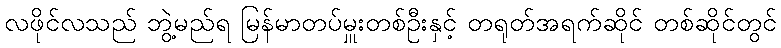
လဖိုင်လသည် ဘွဲ့မည်ရ မြန်မာတပ်မှူးတစ်ဦးနှင့် တရုတ်အရက်ဆိုင် တစ်ဆိုင်တွင်